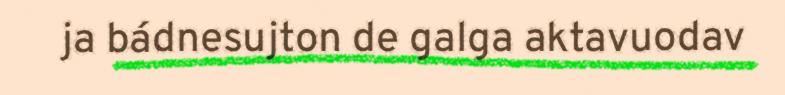
ja bádnesujton de galga aktavuodav